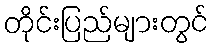
တိုင်းပြည်များတွင်